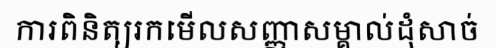
ការពិនិត្យរកមើលសញ្ញាសម្គាល់ដុំសាច់